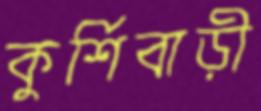
কুর্শিবাড়ী